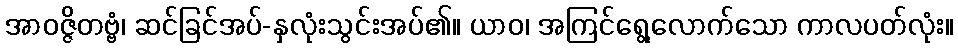
အာဝဇ္ဇိတဗ္ဗံ၊ ဆင်ခြင်အပ်-နှလုံးသွင်းအပ်၏။ ယာဝ၊ အကြင်ရွေ့လောက်သော ကာလပတ်လုံး။